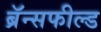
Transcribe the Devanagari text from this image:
ब्रॅन्सफील्ड